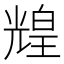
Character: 𤾗